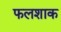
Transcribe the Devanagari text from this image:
फलशाक